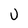
Character: U